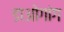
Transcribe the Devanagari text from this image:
डाओगांग